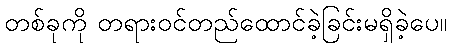
တစ်ခုကို တရားဝင်တည်ထောင်ခဲ့ခြင်းမရှိခဲ့ပေ။